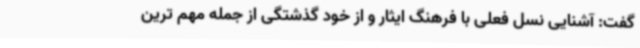
گفت: آشنایی نسل فعلی با فرهنگ ایثار و از خود گذشتگی از جمله مهم ترین